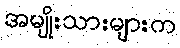
အမျိုးသားများက